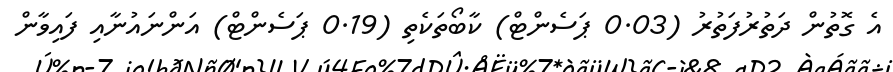
އެ ގޮތުން ދަތުރުފަތުރު (0.03 ޕަސެންޓް) ކާބޯތަކެތި (0.19 ޕަސެންޓް) އަންނައުނާއި ފައިވާން